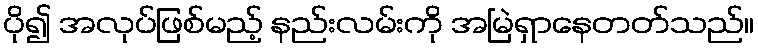
ပို၍ အလုပ်ဖြစ်မည့် နည်းလမ်းကို အမြဲရှာနေတတ်သည်။